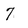
Character: 7